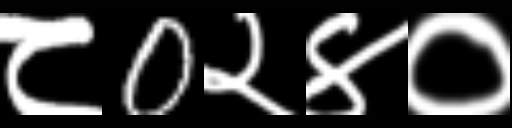
Text: ८0२४०